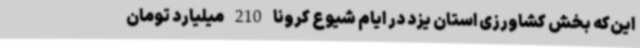
این‌که بخش کشاورزی استان یزد در ایام شیوع کرونا 210 میلیارد تومان